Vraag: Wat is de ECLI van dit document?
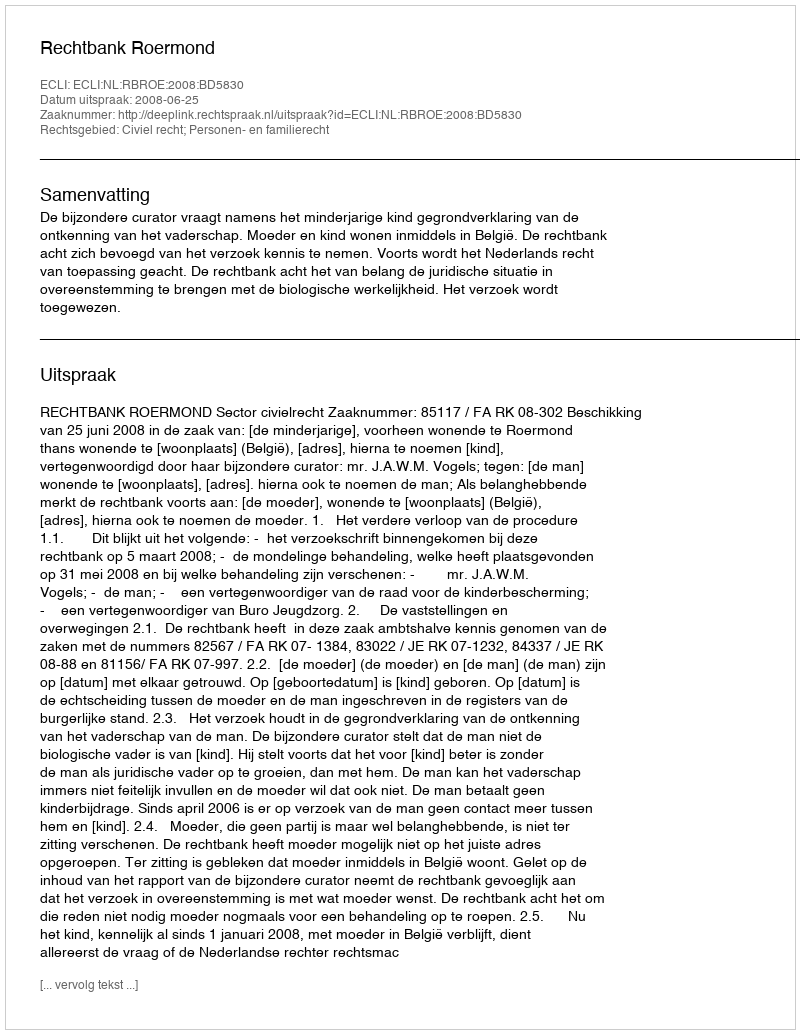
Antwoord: ECLI:NL:RBROE:2008:BD5830